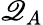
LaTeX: \mathscr{Q}_{A}